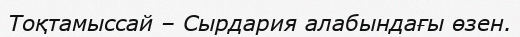
Тоқтамыссай – Сырдария алабындағы өзен.